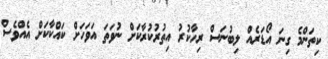
ކިތަންމެ ގިނަ އޯޑަރެއް ލިބުނަސް ރިހާކުރު އިތުރުކުރާކަށް ނުވަތަ އަވަހަށް ކައްކާކަށް އެއްވެސް